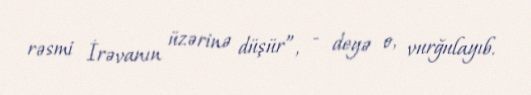
rəsmi İrəvanın üzərinə düşür”, - deyə o, vurğulayıb.